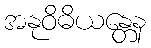
အနုဝိဓိယန္တေန